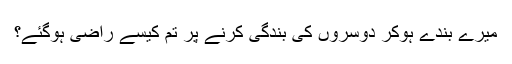
میرے بندے ہوکر دوسروں کی بندگی کرنے پر تم کیسے راضی ہوگئے؟